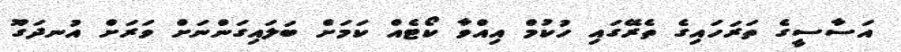
އަސާސީގެ ތަރަހައިގެ ތެރޭގައި ހުކުމް އިއްވާ ކޯޓެއް ކަމަށް ބަލައިގަންނަށް ވަރަށް އުނދަގޫ